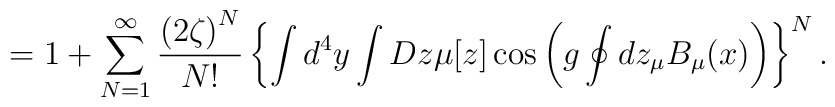
=1+\sum\limits_{N=1}^{\infty}\frac{\left(2\zeta\right)^N}{N!}\left\{\int d^4y\int Dz\mu[z]\cos\left(g\oint dz_\mu B_\mu(x)\right)\right\}^N.